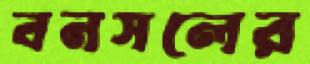
বনসলের